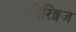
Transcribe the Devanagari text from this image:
गिरिब्बज